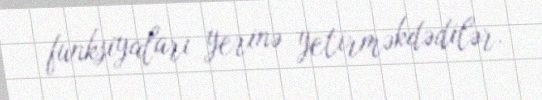
funksiyaları yerinə yetirməkdədilər.